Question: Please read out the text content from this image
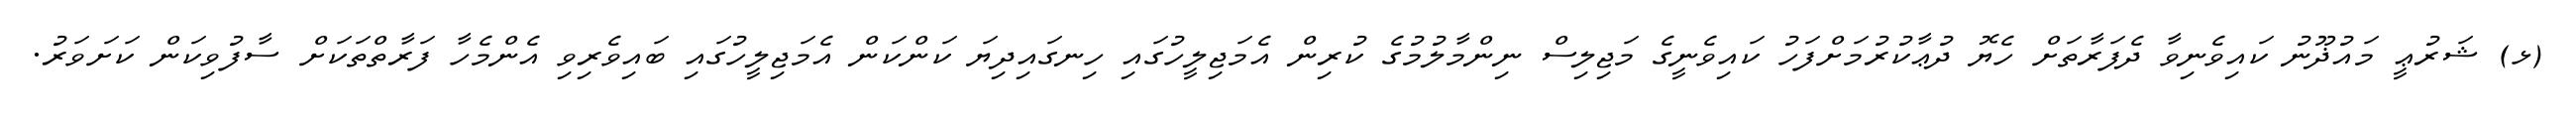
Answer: (ޅ) ޝަރުޢީ މައުޛޫނު ކައިވެނިވާ ދެފަރާތަށް ހެޔޮ ދުޢާކުރުމަށްފަހު ކައިވެނީގެ މަޖިލިސް ނިންމާލުމުގެ ކުރިން އެމަޖިލީހުގައި ހިނގައިދިޔަ ކަންކަން އެމަޖިލީހުގައި ބައިވެރިވި އެންމެހާ ފަރާތްތަކަށް ސާފުވިކަން ކަށަވަރު.